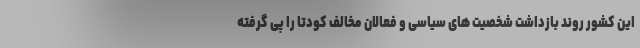
این کشور روند بازداشت شخصیت های سیاسی و فعالان مخالف کودتا را پی گرفته